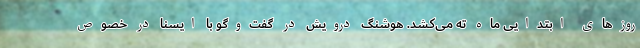
روزهای ابتدایی ماه ته می‌کشد. هوشنگ درویش در گفت‌وگو با ایسنا در خصوص